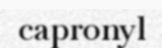
capronyl